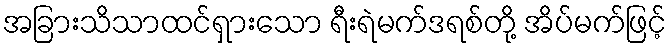
အခြားသိသာထင်ရှားသော ရီးရဲမက်ဒရစ်တို့ အိပ်မက်ဖြင့်